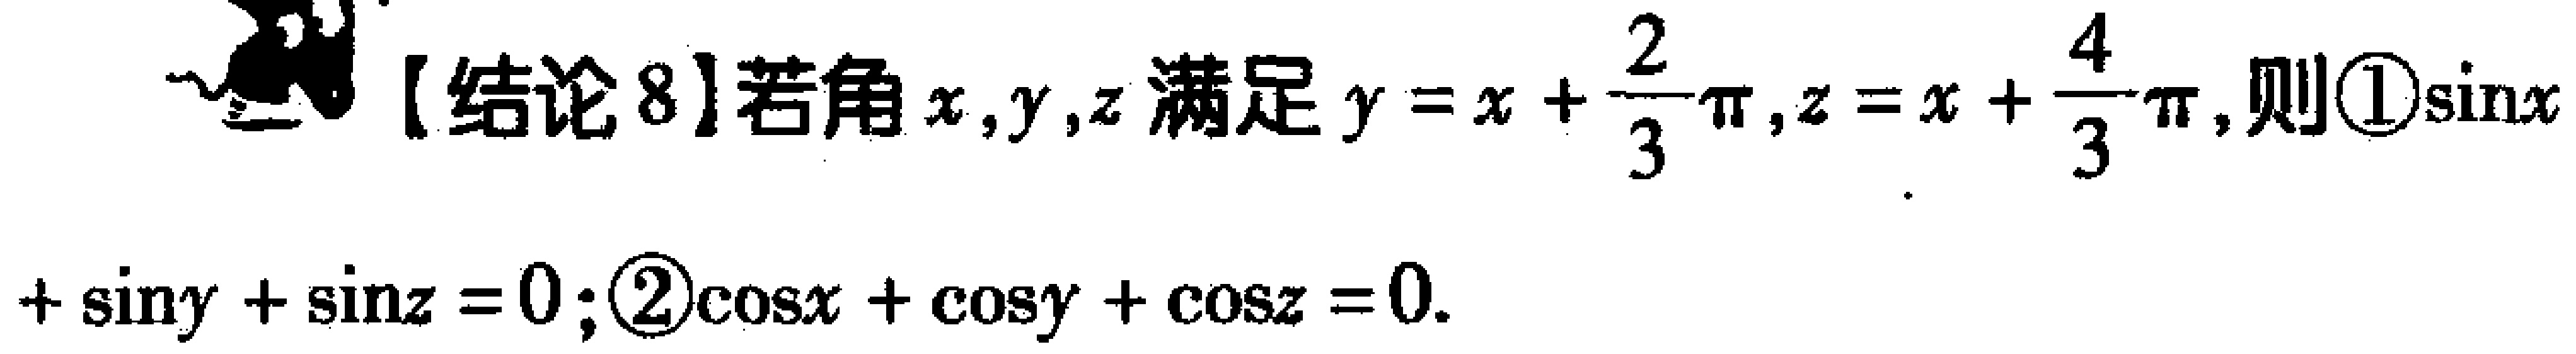
【结论8】若角\(x,y,z\)满足\(y = x + \frac{2}{3}\pi,z = x + \frac{4}{3}\pi\)，则\textcircled{1}\(\sin x+\sin y + \sin z = 0\)；\textcircled{2}\(\cos x + \cos y + \cos z = 0\)。